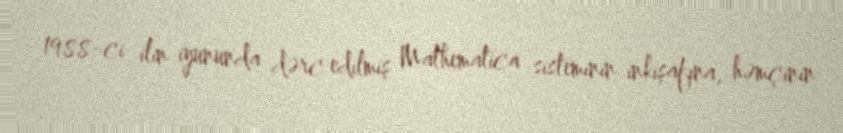
1988-ci ilin iyununda dərc edilmiş Mathematica sisteminin inkişafına, həmçinin